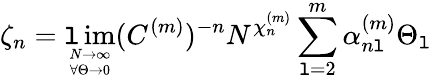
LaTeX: \zeta_{n}=\operatorname*{\mathtt{l}im}_{{N\to\infty}\atop{\forall\Theta\rightarrow0}}(C^{(m)})^{-n}N^{\chi_{n}^{(m)}}\sum_{\mathtt{l}=2}^{m}\alpha_{n\mathtt{l}}^{(m)}\Theta_{\mathtt{l}}